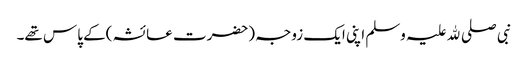
نبی صلی ﷲ علیہ وسلم اپنی ایک زوجہ (حضرت عائشہ )کے پاس تھے۔